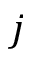
j